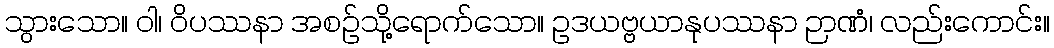
သွားသော။ ဝါ၊ ဝိပဿနာ အစဉ်သို့ရောက်သော။ ဥဒယဗ္ဗယာနုပဿနာ ဉာဏံ၊ လည်းကောင်း။